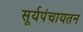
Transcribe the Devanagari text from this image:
सूर्यपंचायतन